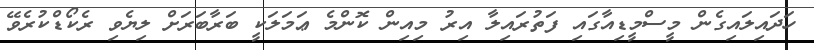
ހަދައިލައިގެން މީސްމީޑިއާގައި ފަތުރައިލާ އިރު މިއިން ކޮންމެ ޢަމަލަކީ ބަރާބަރަށް ލިޔެވި ރެކޯޑްކުރެވޭ